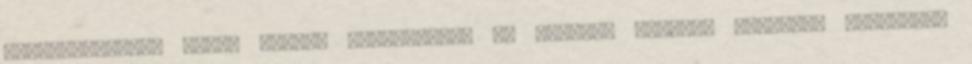
feloldhatatlan belsõ gondot okozhatnak. Az általam ismert, Lilithre vonatkozó